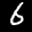
Label: 6